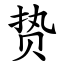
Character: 贽